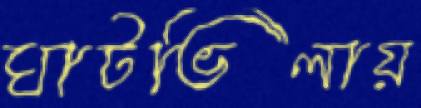
ঘাটভিলায়